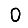
Digit: 0